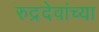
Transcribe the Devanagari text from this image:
रुद्रदेवांच्या